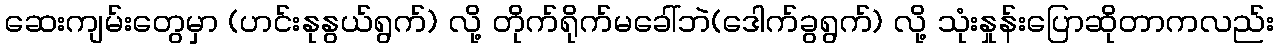
ဆေးကျမ်းတွေမှာ (ဟင်းနုနွယ်ရွက်) လို့ တိုက်ရိုက်မခေါ်ဘဲ(ဒေါက်ခွရွက်) လို့ သုံးနှုန်းပြောဆိုတာကလည်း